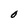
Character: O